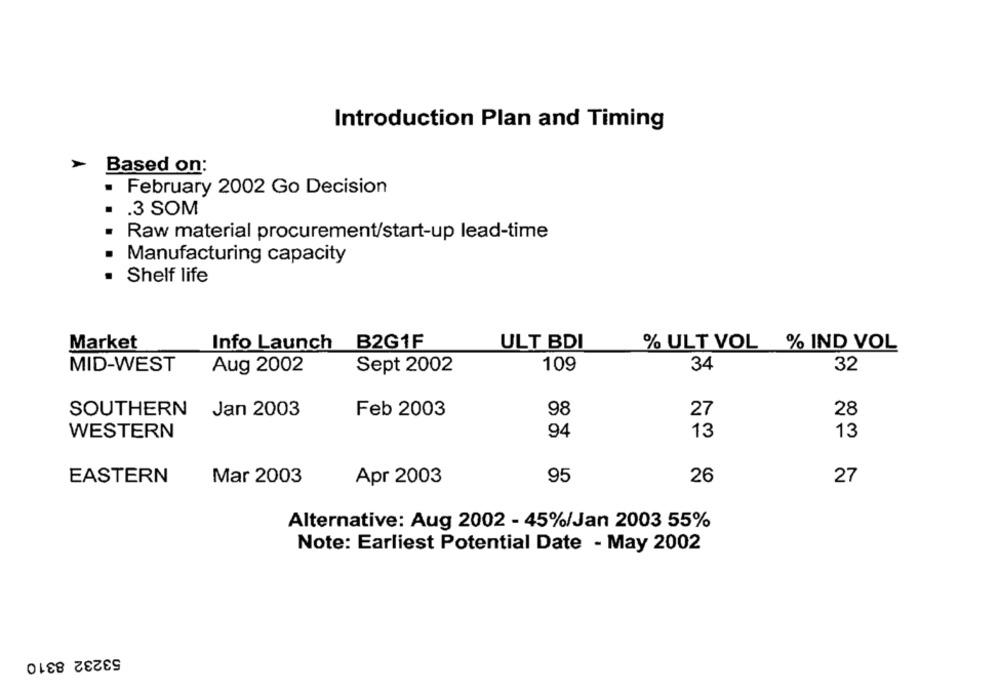
Introduction Plan and Timing
-
Based on:
February 2002 Go Decision
. . 3 SOM
. Raw material procurement/start-up lead-time
Manufacturing capacity
.
Shelf life
Market
Info Launch B2G1F
ULT BDI
% ULT VOL % IND VOL
109
34
32
MID-WEST
Aug 2002
Sept 2002
SOUTHERN
Jan 2003
Feb 2003
98
27
28
WESTERN
94
13
13
95
26
27
EASTERN
Mar 2003
Apr 2003
Alternative: Aug 2002 - 45%/Jan 2003 55%
Note: Earliest Potential Date - May 2002
53232 8310